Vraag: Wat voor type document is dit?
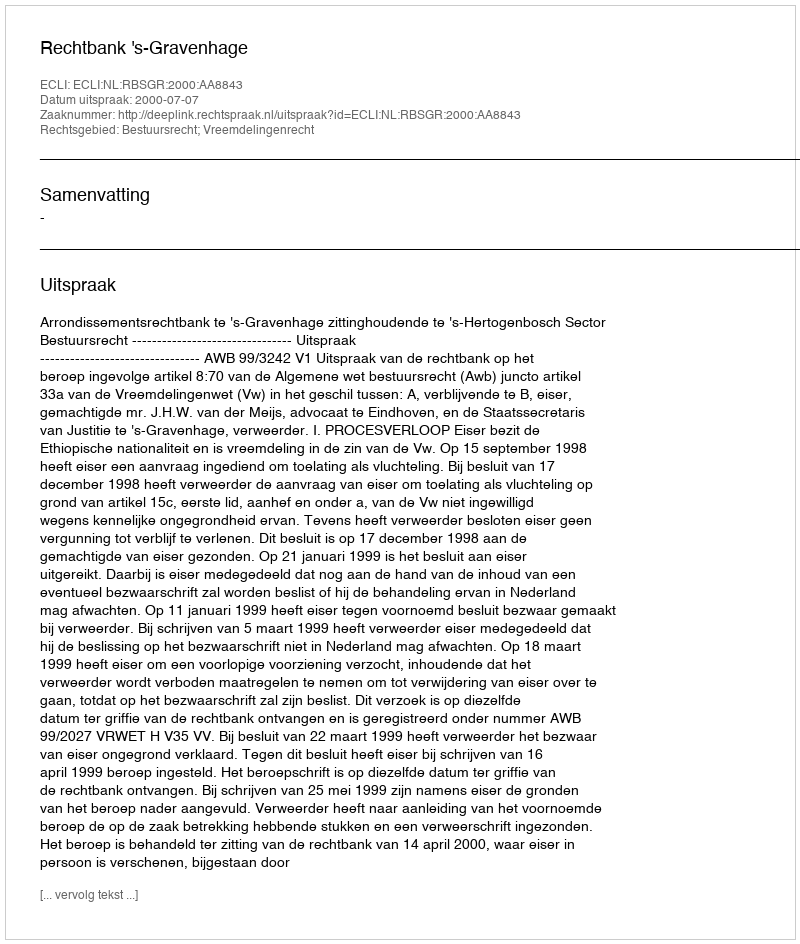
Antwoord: Uitspraak